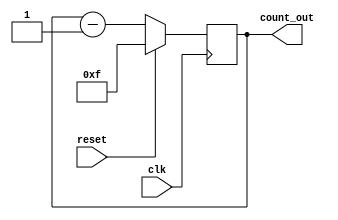
`timescale 1ns / 1ps
//////////////////////////////////////////////////////////////////////////////////
// Company: 
// Engineer: 
// 
// Design Name: 
// Module Name:    downsy 
// Project Name: 
// Target Devices: 
// Tool versions: 
// Description: 
//
// Dependencies: 
//
// Revision: 
// Revision 0.01 - File Created
// Additional Comments: 
//
//////////////////////////////////////////////////////////////////////////////////
module downsy(reset,clk,count_out);
input reset,clk;
output [3:0]count_out;
reg [3:0]count_down=4'b1111;
always@(posedge clk)
begin
if(reset)
count_down=4'b1111;
else
count_down=count_down-4'b0001;
end
assign count_out=count_down;
endmodule